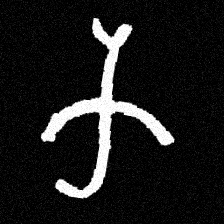
Pyu character \u2014 Myanmar letter: က (romanized: ka)